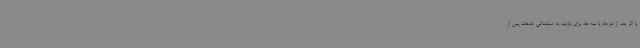
یا اگر بعد از دو ماه یا سه ماه برای بازدید به نمایندگی خدمات پس از